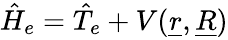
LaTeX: \hat{H}_{e}=\hat{T}_{e}+V(\underline{{r}},\underline{{R}})